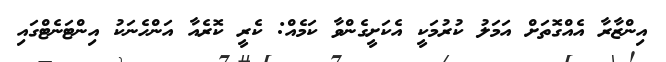
އިންޒާރާ އެއްގޮތަށް އަމަލު ކުރުމަކީ އެކަށީގެންވާ ކަމެއް: ކެރީ ކޮރެއާ އަންހެނަކު އިންޓަނެޓްގައި